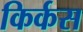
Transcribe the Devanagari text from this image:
किर्कस